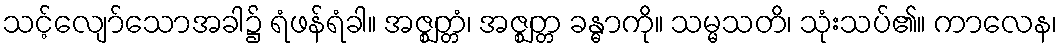
သင့်လျော်သောအခါ၌ ရံဖန်ရံခါ။ အဇ္ဈတ္တံ၊ အဇ္ဈတ္တ ခန္ဓာကို။ သမ္မသတိ၊ သုံးသပ်၏။ ကာလေန၊